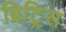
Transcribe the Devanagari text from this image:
ब्रिट्रिस